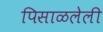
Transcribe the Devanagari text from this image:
पिसाळलेली